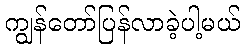
ကျွန်တော်ပြန်လာခဲ့ပါ့မယ်